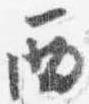
西